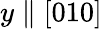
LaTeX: y\parallel[010]